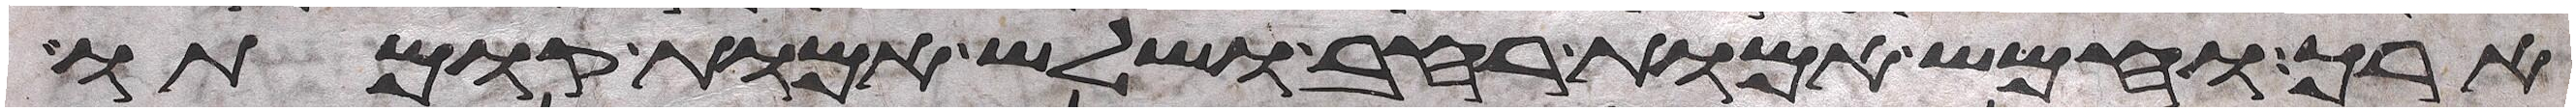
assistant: ארך וחמש אמות רחב ושלש אמות קומתו